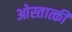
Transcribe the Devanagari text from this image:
ओस्तात्की